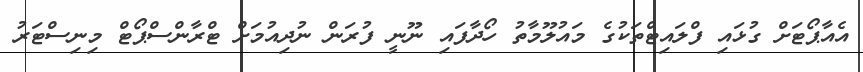
އެއާޕޯޓަށް ގުޅައި ފްލައިޓްތަކުގެ މައުލޫމާތު ހޯދާފައި ނޫނީ ފުރަން ނުދިއުމަށް ޓްރާންސްޕޯޓް މިނިސްޓަރު